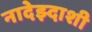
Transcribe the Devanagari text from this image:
नादेझ्दाशी